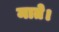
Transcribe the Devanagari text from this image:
माते।